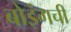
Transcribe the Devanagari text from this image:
बोइंगची